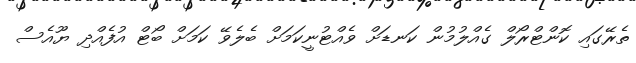
ތެރޭގައި ކޮންޓްރޯލް ގެއްލުމުން ކަނޑަށް ވެއްޓުނީކަމަށް ބެލެވޭ ކަމަށް ބޯޓް އުފެއްދި ޔޫއެސް